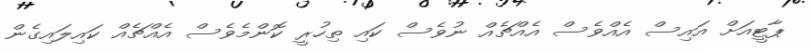
ޕާޓީއަށް އައިސް އެއްވެސް އެއްޗެއް ނުވެސް ކައި ތިހުރީ ކޮންމެވެސް އެއްޗެއް ކައިލައިގެން